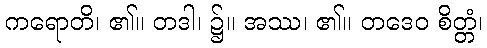
ကရောတိ၊ ၏။ တဒါ၊ ၌။ အဿ၊ ၏။ တဒေဝ စိတ္တံ၊